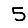
Digit: 5